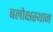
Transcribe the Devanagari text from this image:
बलोक्षस्थान